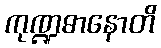
ကုဏ္ဍဓာနောတိ